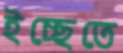
ইচ্ছেতে